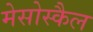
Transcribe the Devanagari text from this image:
मेसोस्कैल